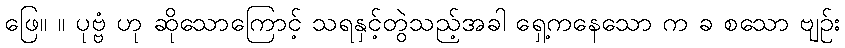
ဖြေ။ ။ ပုဗ္ဗံ ဟု ဆိုသောကြောင့် သရနှင့်တွဲသည့်အခါ ရှေ့ကနေသော က ခ စသော ဗျဉ်း